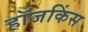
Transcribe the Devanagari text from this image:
हॉजकिंस